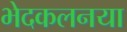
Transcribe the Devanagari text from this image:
भेदकलनया